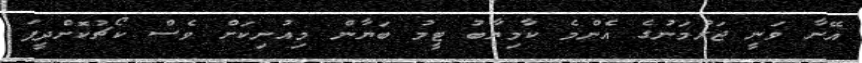
އޭނާ ވަނީ ޖަރުމަނުގެ އެންމެ ކާމިޔާބު ޓީމު ބަޔާން މިއުނިކަށް ވެސް ކޯޗުކޮށްދީފަ